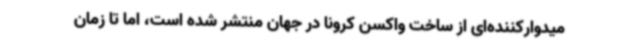
میدوارکننده‌ای از ساخت واکسن کرونا در جهان منتشر شده است، اما تا زمان